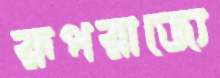
রূপরাজ্যে